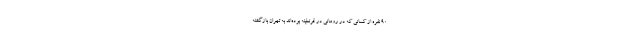
90 نفره از کسانی که در رومانی در قرنطینه بوده‌اند به تهران بازگشته